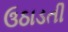
ઉઠાડતી